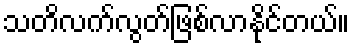
သတိလက်လွတ်ဖြစ်လာနိုင်တယ်။